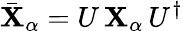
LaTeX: \bar{\mathbf{X}}_{\alpha}=U\, {\mathbf{X}}_{\alpha}\, U^{\dagger}